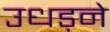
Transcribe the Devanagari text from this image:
उधड़ने